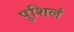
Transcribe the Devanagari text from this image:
पुशिलं